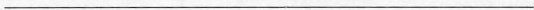
___